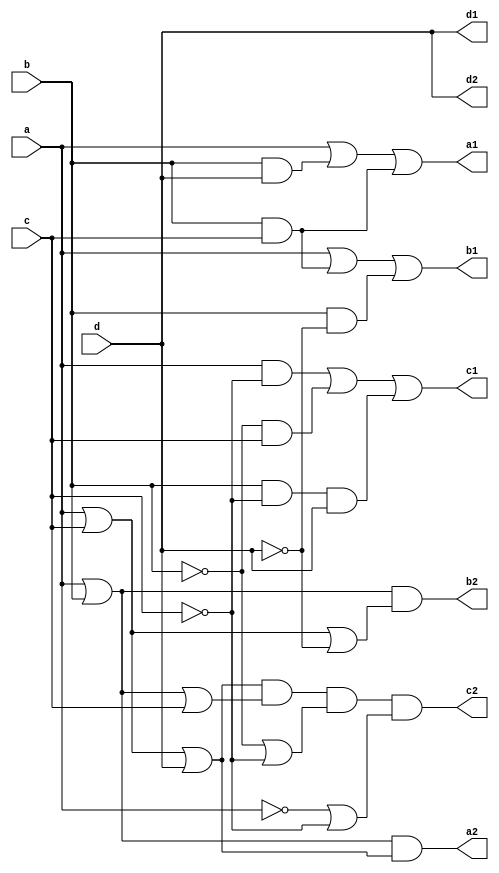
`timescale 1ns / 1ps
module code_converter(
input a,b,c,d,
output a1, b1, c1, d1, a2, b2, c2, d2
    );
    assign a1 = a|(b&d)|(b&c);
    assign b1 = a|(b&c)|(b&(~d));
    assign c1 = (a&~c) | (~b&(c)) | (b&(~c)&d);
    assign d1 = d;
    assign a2 = (a|b)&(a|c|d);
    assign b2 = (a|b)&(a|c|~d);
    assign c2 = (a|c|d) & (a|b|c) & (~b|~c)&(~a|~c);
    assign d2 = d;
endmodule